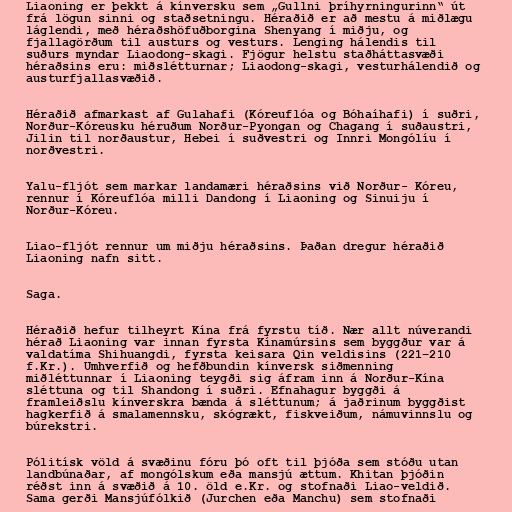
Liaoning er þekkt á kínversku sem „Gullni þríhyrningurinn“ út
frá lögun sinni og staðsetningu. Héraðið er að mestu á miðlægu
láglendi, með héraðshöfuðborgina Shenyang í miðju, og
fjallagörðum til austurs og vesturs. Lenging hálendis til
suðurs myndar Liaodong-skagi. Fjögur helstu staðháttasvæði
héraðsins eru: miðslétturnar; Liaodong-skagi, vesturhálendið og
austurfjallasvæðið.

Héraðið afmarkast af Gulahafi (Kóreuflóa og Bóhaíhafi) í suðri,
Norður-Kóreusku héruðum Norður-Pyongan og Chagang í suðaustri,
Jilin til norðaustur, Hebei í suðvestri og Innri Mongólíu í
norðvestri.

Yalu-fljót sem markar landamæri héraðsins við Norður- Kóreu,
rennur í Kóreuflóa milli Dandong í Liaoning og Sinuiju í
Norður-Kóreu.

Liao-fljót rennur um miðju héraðsins. Þaðan dregur héraðið
Liaoning nafn sitt.

Saga.

Héraðið hefur tilheyrt Kína frá fyrstu tíð. Nær allt núverandi
hérað Liaoning var innan fyrsta Kínamúrsins sem byggður var á
valdatíma Shihuangdi, fyrsta keisara Qin veldisins (221–210
f.Kr.). Umhverfið og hefðbundin kínversk siðmenning
miðléttunnar í Liaoning teygði sig áfram inn á Norður-Kína
sléttuna og til Shandong í suðri. Efnahagur byggði á
framleiðslu kínverskra bænda á sléttunum; á jaðrinum byggðist
hagkerfið á smalamennsku, skógrækt, fiskveiðum, námuvinnslu og
búrekstri.

Pólitísk völd á svæðinu fóru þó oft til þjóða sem stóðu utan
landbúnaðar, af mongólskum eða mansjú ættum. Khitan þjóðin
réðst inn á svæðið á 10. öld e.Kr. og stofnaði Liao-veldið.
Sama gerði Mansjúfólkið (Jurchen eða Manchu) sem stofnaði